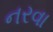
નરવા